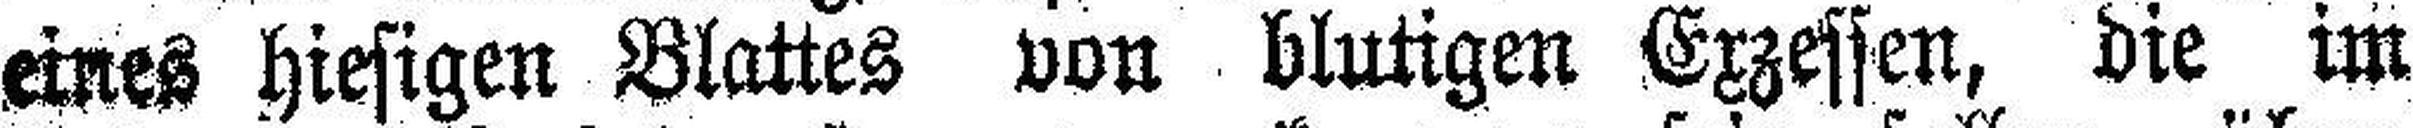
eines hiesigen Blattes von blutigen Exzessen, die im